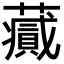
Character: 𧂪